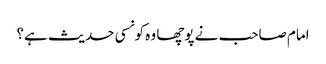
امام صاحب نے پوچھا وہ کونسی حدیث ہے؟